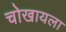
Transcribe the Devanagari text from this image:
चोखायला